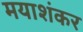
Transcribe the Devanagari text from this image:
मयाशंकर